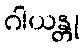
ဂါယန္တု